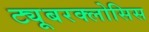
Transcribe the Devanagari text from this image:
ट्यूबरक्लोसिस